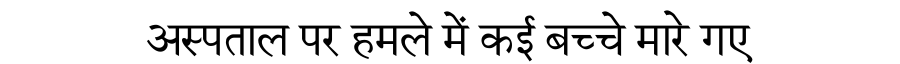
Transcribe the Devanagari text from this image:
अस्पताल पर हमले में कई बच्चे मारे गए